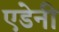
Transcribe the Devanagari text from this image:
एडेनी